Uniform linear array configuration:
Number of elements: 16
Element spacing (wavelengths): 0.25
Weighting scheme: exponential
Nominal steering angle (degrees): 60
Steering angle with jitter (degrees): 58.302
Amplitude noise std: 0.05
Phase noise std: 0.05

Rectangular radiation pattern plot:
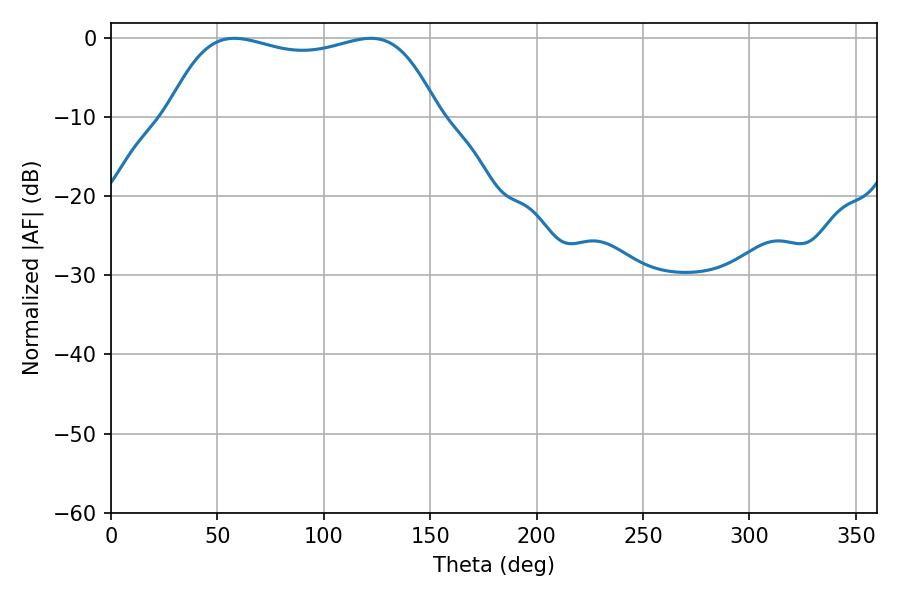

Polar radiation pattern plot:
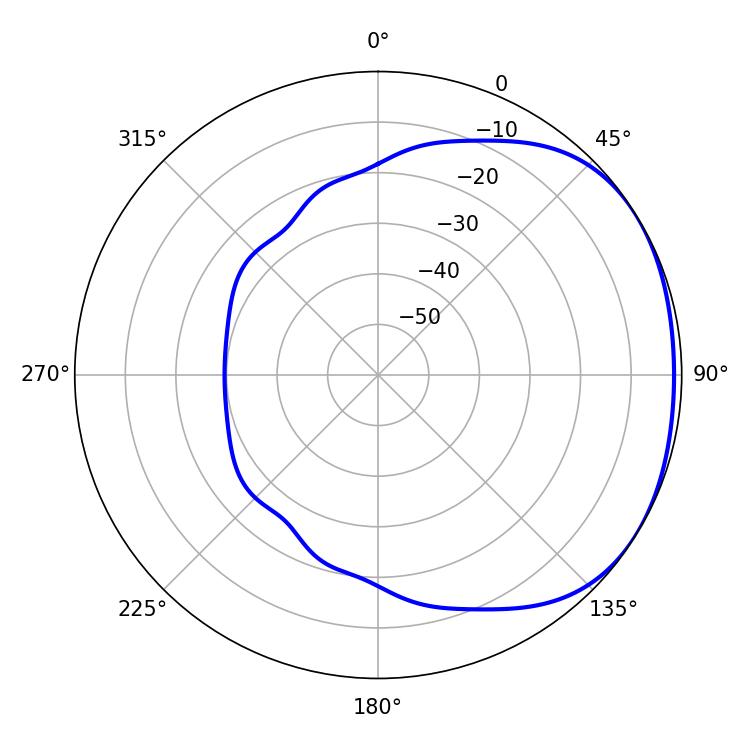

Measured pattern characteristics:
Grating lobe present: FALSE
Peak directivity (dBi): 1.613
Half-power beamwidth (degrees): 101.88
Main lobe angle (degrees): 57.96